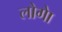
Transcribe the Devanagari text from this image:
लोगेा